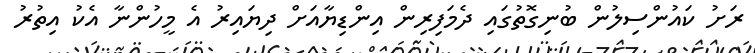
ރަށު ކައުންސިލުން ބުނިގޮތުގައި ދެމަފިރިން އިންޑިޔާއަށް ދިޔައިރު އެ މީހުންނާ އެކު އިތުރު